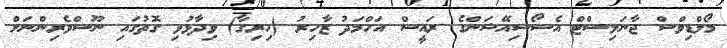
މޯލްޑިވްސް ޖާނަލިސްޓް އެސޯސިއޭޝަންގެ ރައީސް އަހްމަދު ޒާހިރު (ހިރިގާ) ވިދާޅުވި ގޮތުގައި ނޫސްވެރިންނަށް